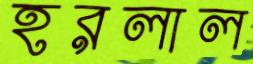
হরলাল